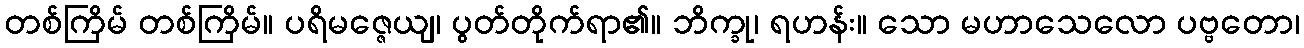
တစ်ကြိမ် တစ်ကြိမ်။ ပရိမဇ္ဇေယျ၊ ပွတ်တိုက်ရာ၏။ ဘိက္ခု၊ ရဟန်း။ သော မဟာသေလော ပဗ္ဗတော၊